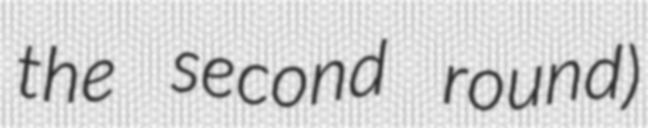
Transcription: the second round)